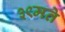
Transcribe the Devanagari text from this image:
३९मते